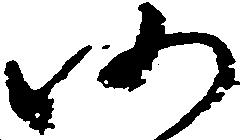
仍